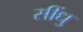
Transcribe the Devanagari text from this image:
सींधु